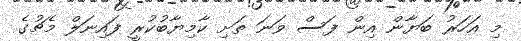
މި އަހަރު ބަޔާން އިން ފަސް ވަނަ ތަށި ކާމިޔާބުކުރީ ފައިނަލް މެޗުގެ